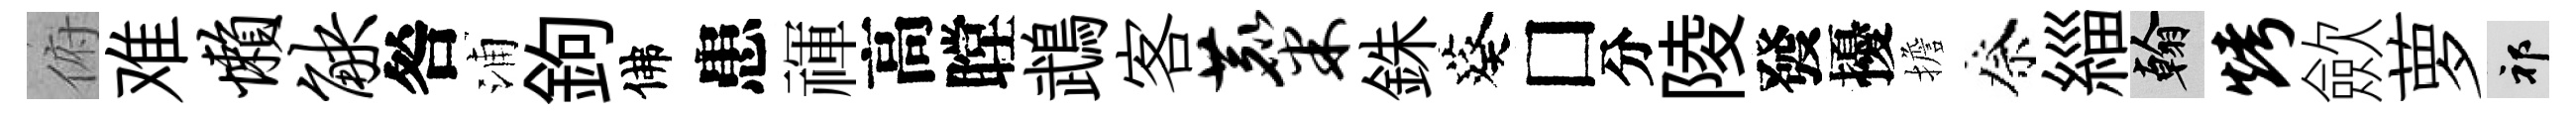
俯难懒觖咎浦鉤佛患禈高瞠鵡客麋銖葵□分陵發擾擔祭緇翰烤歛萝祁